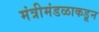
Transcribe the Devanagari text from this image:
मंत्रीमंडळाकडून